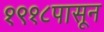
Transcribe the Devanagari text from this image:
१९१८पासून